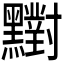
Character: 𪒶